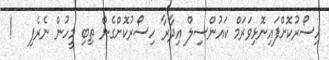
ހިސޯރުކޮށްފައިނޮޅިވަރަމް ކައުންސިލް އިދާރާ ހިސޯރުކޮށްގެން ތިބި މީހުން ނެރެފި   !